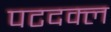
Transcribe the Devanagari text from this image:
पटदक्ल